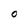
Character: O